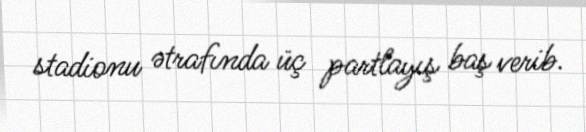
stadionu ətrafında üç partlayış baş verib.